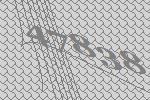
47838